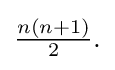
{\textstyle {\frac {n(n+1)}{2}}.}